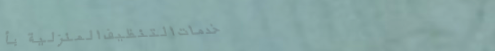
خدمات التنظيف المنزلية بأ